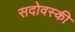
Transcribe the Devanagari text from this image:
सदोवस्की